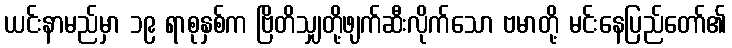
ယင်းနာမည်မှာ ၁၉ ရာစုနှစ်က ဗြိတိသျှတို့ဖျက်ဆီးလိုက်သော ဗမာတို့ မင်းနေပြည်တော်၏